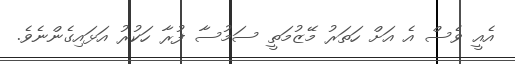
އެއީ ވެސް އެ އަށް ހަތަރު މޭޒުމަތީ ސަމުސާ ފުރާ ހަކުރު އަޅައިގެންނެވެ.